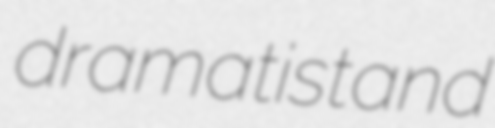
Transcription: dramatist and